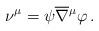
LaTeX: \begin{align*}\nu^\mu=\psi \overline\nabla{^\mu}\varphi\, .\end{align*}